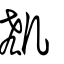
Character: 𠙆